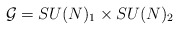
\begin{align*}{\cal G}=SU(N)_1 \times SU(N)_2\end{align*}